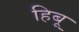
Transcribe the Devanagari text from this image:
हिबू